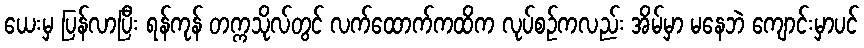
ယေးမှ ပြန်လာပြီး ရန်ကုန် တက္ကသိုလ်တွင် လက်ထောက်ကထိက လုပ်စဉ်ကလည်း အိမ်မှာ မနေဘဲ ကျောင်းမှာပင်